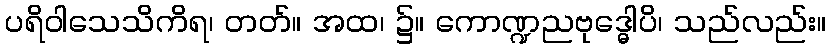
ပရိဝါသေသိကိရ၊ တတ်။ အထ၊ ၌။ ကောဏ္ဍညဗုဒ္ဓေါပိ၊ သည်လည်း။